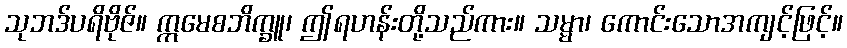
သုဘဒ်ပရိဗိုဇ်။ ဣမေစဘိက္ခူ၊ ဤရဟန်းတို့သည်ကား။ သမ္မာ၊ ကောင်းသောအကျင့်ဖြင့်။